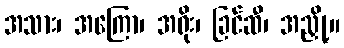
အသား၊ အကြော၊ အရိုး၊ ခြင်ဆီ၊ အညှို့။